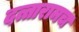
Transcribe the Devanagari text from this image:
दत्तारामच